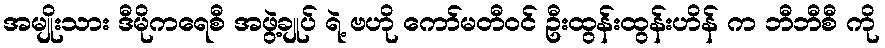
အမျိုးသား ဒီမိုကရေစီ အဖွဲ့ချုပ် ရဲ့ ဗဟို ကော်မတီဝင် ဦးထွန်းထွန်းဟိန် က ဘီဘီစီ ကို